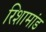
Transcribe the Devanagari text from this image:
रिशामांड